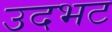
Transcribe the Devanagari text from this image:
उदभट